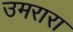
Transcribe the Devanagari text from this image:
उमरारा